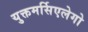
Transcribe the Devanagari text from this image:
युक्तमर्सिएलेगो